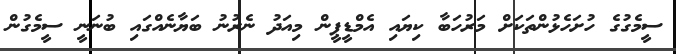
ސީމެގުގެ ހުށަހެޅުންތަކަށް މަރުހަބާ ކިޔައި އެމްޑީޕީން މިއަދު ނެރުނު ބަޔާނެއްގައި ބުނަނީ ސީމެގުން